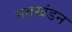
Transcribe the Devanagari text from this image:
मतखंडन